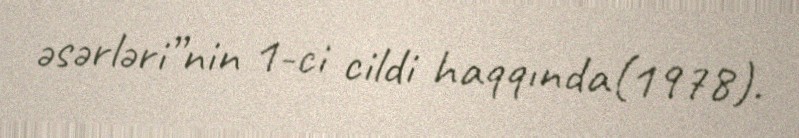
əsərləri”nin 1-ci cildi haqqında(1978).